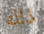
ذلك